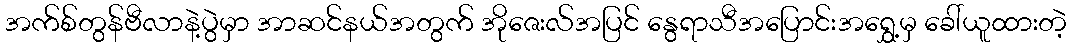
အက်စ်တွန်ဗီလာနဲ့ပွဲမှာ အာဆင်နယ်အတွက် အိုဇေးလ်အပြင် နွေရာသီအပြောင်းအရွှေ့မှ ခေါ်ယူထားတဲ့